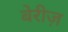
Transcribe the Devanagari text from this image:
बेरीज़